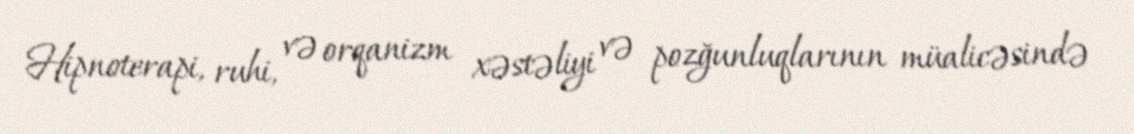
Hipnoterapi, ruhi, və orqanizm xəstəliyi və pozğunluqlarının müalicəsində